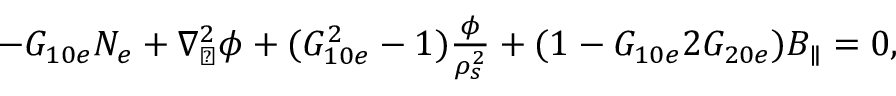
\begin{array} { r } { - G _ { 1 0 e } N _ { e } + \nabla _ { \perp } ^ { 2 } \phi + ( G _ { 1 0 e } ^ { 2 } - 1 ) \frac { \phi } { \rho _ { s } ^ { 2 } } + ( 1 - G _ { 1 0 e } 2 G _ { 2 0 e } ) B _ { \parallel } = 0 , } \end{array}